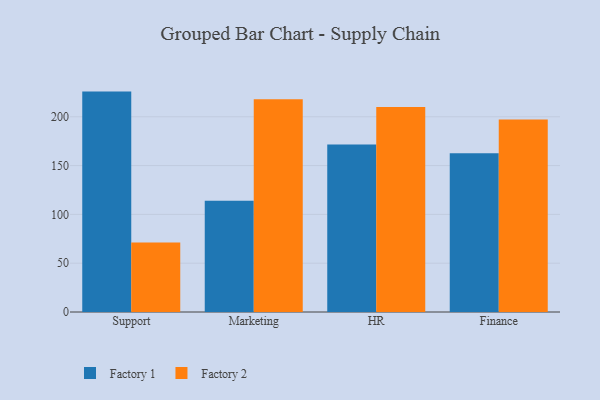
{"axis": {"x": "Department", "y": "Budget (USD K)"}, "legend": ["Factory 1", "Factory 2"], "data": [{"x": "Support", "y": 225.8, "type": "Factory 1"}, {"x": "Support", "y": 71.3, "type": "Factory 2"}, {"x": "Marketing", "y": 114.0, "type": "Factory 1"}, {"x": "Marketing", "y": 217.9, "type": "Factory 2"}, {"x": "HR", "y": 171.7, "type": "Factory 1"}, {"x": "HR", "y": 210.1, "type": "Factory 2"}, {"x": "Finance", "y": 162.7, "type": "Factory 1"}, {"x": "Finance", "y": 197.1, "type": "Factory 2"}]}